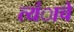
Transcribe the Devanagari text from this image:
त्यंाचे